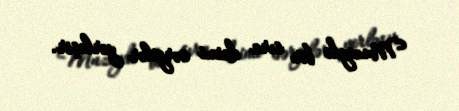
Muzeydə bir sıra daimi sərgilər yerləşir.